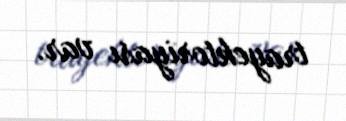
trayektoriyası var.